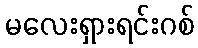
မလေးရှားရင်းဂစ်